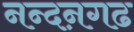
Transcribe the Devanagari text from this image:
नन्दऩगढ